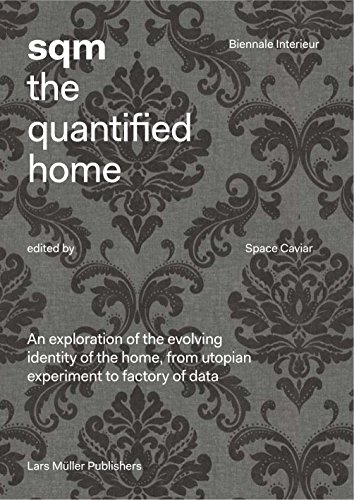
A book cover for SQM: The Quantified Home; Arts & Photography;